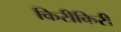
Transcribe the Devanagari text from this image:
किरीकिरी